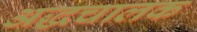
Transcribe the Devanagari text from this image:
अद्धचालक